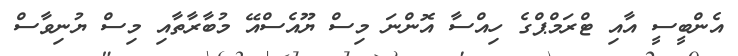
އެންބީސީ އާއި ޓްރަމްޕްގެ ހިއްސާ އޮންނަ މިސް ޔޫއެސްއޭ މުބާރާތާއި މިސް ޔުނިވާސް